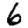
Digit: 6